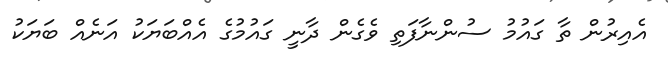
އެއިރުން ތާ ގައުމު ސުންނާފަތި ވެގެން ދާނީ ގައުމުގެ އެއްބަޔަކު އަނެއް ބަޔަކު